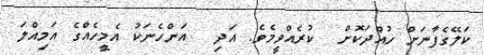
ކަލޭގެފާނަށް ހުއްދަކޮށް  ކުރެއްވީމެވެ. އަދި  އަންހެނަކު އެމީހެއްގެ އަމިއްލަ